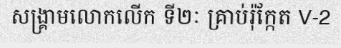
សង្គ្រាមលោកលើក ទី២ៈ គ្រាប់រ៉ុក្កែត V-2